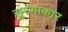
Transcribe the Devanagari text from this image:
सुरंगाकार